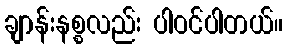
ချာန်းနစ္စလည်း ပါဝင်ပါတယ်။